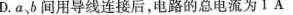
D.a、b间用导线连接后，电路的总电流为1A